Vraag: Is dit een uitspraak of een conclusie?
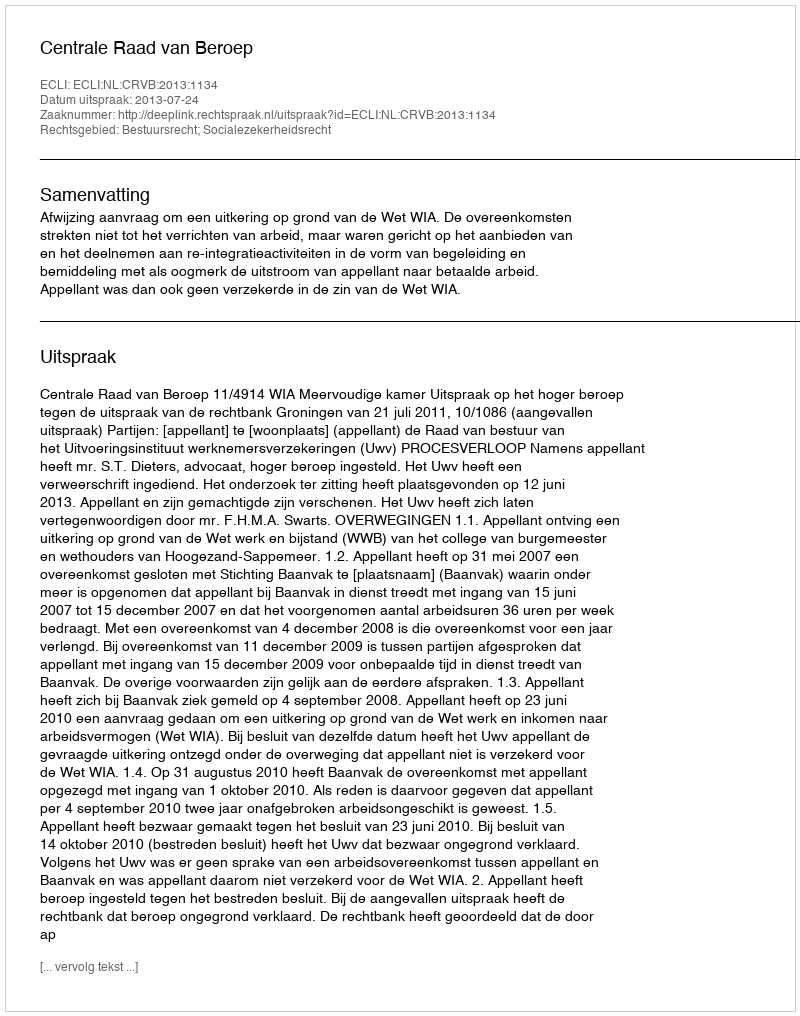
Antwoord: Uitspraak